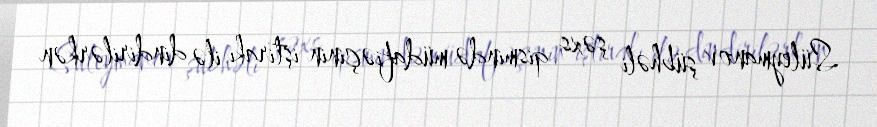
Süleymanov şübhəli şəxs qismində müdafiəçinin iştirakı ilə dindirilərkən